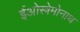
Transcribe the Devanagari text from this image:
ईओस्त्रेमोनाथ